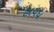
હાયધ